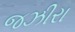
જઝીરા